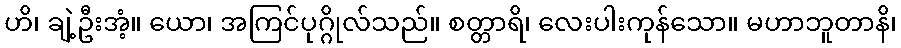
ဟိ၊ ချဲ့ဦးအံ့။ ယော၊ အကြင်ပုဂ္ဂိုလ်သည်။ စတ္တာရိ၊ လေးပါးကုန်သော။ မဟာဘူတာနိ၊